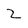
Character: 2